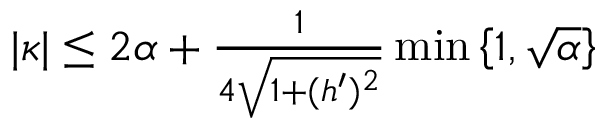
\begin{array} { r } { | \kappa | \leq 2 \alpha + \frac { 1 } { 4 \sqrt { 1 + ( h ^ { \prime } ) ^ { 2 } } } \operatorname* { m i n } \left\lbrace 1 , \sqrt { \alpha } \right\rbrace } \end{array}